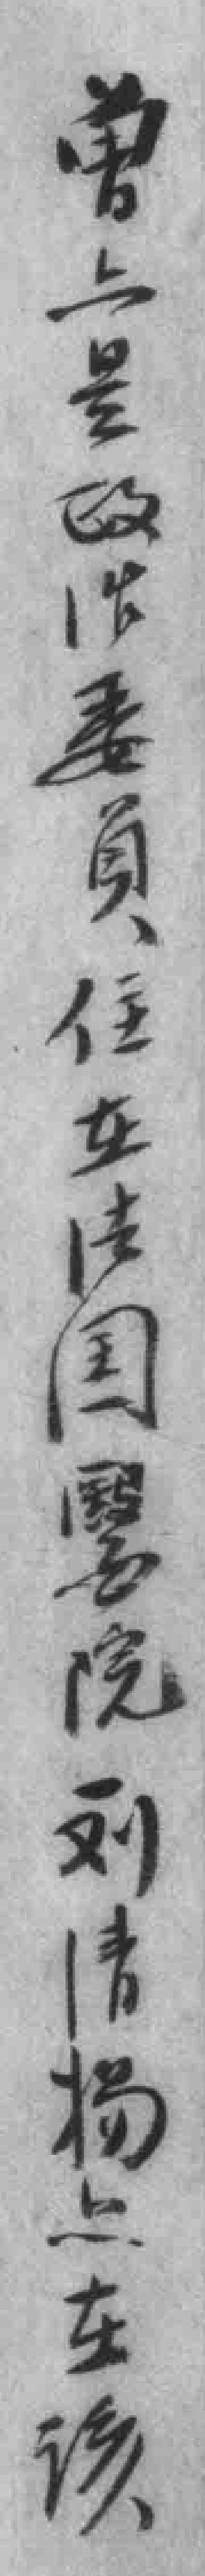
曾上是政治委員住在法国醫院刘清杨*在该